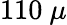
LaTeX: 110~\mu